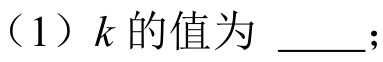
（1）\(k\)的值为 \_\_\_；